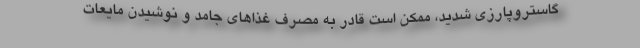
گاستروپارزی شدید، ممکن است قادر به مصرف غذاهای جامد و نوشیدن مایعات